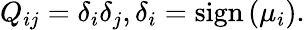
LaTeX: Q_{ij}={\delta}_{i}{\delta}_{j},{\delta}_{i}=\mathrm{sign}\left({\mu}_{i}\right).